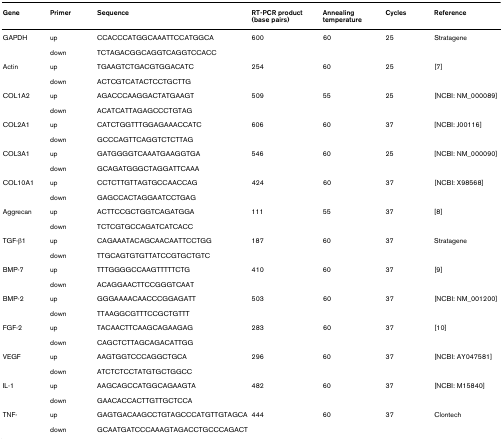
<table><thead><tr><td><b>Gene</b></td><td><b>Primer</b></td><td><b>Sequence</b></td><td><b>RT-PCR product (base pairs)</b></td><td><b>Annealing temperature</b></td><td><b>Cycles</b></td><td><b>Reference</b></td></tr></thead><tbody><tr><td>GAPDH</td><td>up</td><td>CCACCCATGGCAAATTCCATGGCA</td><td>600</td><td>60</td><td>25</td><td>Stratagene</td></tr><tr><td></td><td>down</td><td>TCTAGACGGCAGGTCAGGTCCACC</td><td></td><td></td><td></td><td></td></tr><tr><td>Actin</td><td>up</td><td>TGAAGTCTGACGTGGACATC</td><td>254</td><td>60</td><td>25</td><td>[7]</td></tr><tr><td></td><td>down</td><td>ACTCGTCATACTCCTGCTTG</td><td></td><td></td><td></td><td></td></tr><tr><td>COL1A2</td><td>up</td><td>AGACCCAAGGACTATGAAGT</td><td>509</td><td>55</td><td>25</td><td>[NCBI: NM_000089]</td></tr><tr><td></td><td>down</td><td>ACATCATTAGAGCCCTGTAG</td><td></td><td></td><td></td><td></td></tr><tr><td>COL2A1</td><td>up</td><td>CATCTGGTTTGGAGAAACCATC</td><td>606</td><td>60</td><td>37</td><td>[NCBI: J00116]</td></tr><tr><td></td><td>down</td><td>GCCCAGTTCAGGTCTCTTAG</td><td></td><td></td><td></td><td></td></tr><tr><td>COL3A1</td><td>up</td><td>GATGGGGTCAAATGAAGGTGA</td><td>546</td><td>60</td><td>25</td><td>[NCBI: NM_000090]</td></tr><tr><td></td><td>down</td><td>GCAGATGGGCTAGGATTCAAA</td><td></td><td></td><td></td><td></td></tr><tr><td>COL10A1</td><td>up</td><td>CCTCTTGTTAGTGCCAACCAG</td><td>424</td><td>60</td><td>37</td><td>[NCBI: X98568]</td></tr><tr><td></td><td>down</td><td>GAGCCACTAGGAATCCTGAG</td><td></td><td></td><td></td><td></td></tr><tr><td>Aggrecan</td><td>up</td><td>ACTTCCGCTGGTCAGATGGA</td><td>111</td><td>55</td><td>37</td><td>[8]</td></tr><tr><td></td><td>down</td><td>TCTCGTGCCAGATCATCACC</td><td></td><td></td><td></td><td></td></tr><tr><td>TGF-β1</td><td>up</td><td>CAGAAATACAGCAACAATTCCTGG</td><td>187</td><td>60</td><td>37</td><td>Stratagene</td></tr><tr><td></td><td>down</td><td>TTGCAGTGTGTTATCCGTGCTGTC</td><td></td><td></td><td></td><td></td></tr><tr><td>BMP-7</td><td>up</td><td>TTTGGGGCCAAGTTTTTCTG</td><td>410</td><td>60</td><td>37</td><td>[9]</td></tr><tr><td></td><td>down</td><td>ACAGGAACTTCCGGGTCAAT</td><td></td><td></td><td></td><td></td></tr><tr><td>BMP-2</td><td>up</td><td>GGGAAAACAACCCGGAGATT</td><td>503</td><td>60</td><td>37</td><td>[NCBI: NM_001200]</td></tr><tr><td></td><td>down</td><td>TTAAGGCGTTTCCGCTGTTT</td><td></td><td></td><td></td><td></td></tr><tr><td>FGF-2</td><td>up</td><td>TACAACTTCAAGCAGAAGAG</td><td>283</td><td>60</td><td>37</td><td>[10]</td></tr><tr><td></td><td>down</td><td>CAGCTCTTAGCAGACATTGG</td><td></td><td></td><td></td><td></td></tr><tr><td>VEGF</td><td>up</td><td>AAGTGGTCCCAGGCTGCA</td><td>296</td><td>60</td><td>37</td><td>[NCBI: AY047581]</td></tr><tr><td></td><td>down</td><td>ATCTCTCCTATGTGCTGGCC</td><td></td><td></td><td></td><td></td></tr><tr><td>IL-1</td><td>up</td><td>AAGCAGCCATGGCAGAAGTA</td><td>482</td><td>60</td><td>37</td><td>[NCBI: M15840]</td></tr><tr><td></td><td>down</td><td>GAACACCACTTGTTGCTCCA</td><td></td><td></td><td></td><td></td></tr><tr><td>TNF-</td><td>up</td><td>GAGTGACAAGCCTGTAGCCCATGTTGTAGCA</td><td>444</td><td>60</td><td>37</td><td>Clontech</td></tr><tr><td></td><td>down</td><td>GCAATGATCCCAAAGTAGACCTGCCCAGACT</td><td></td><td></td><td></td><td></td></tr></tbody></table>